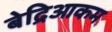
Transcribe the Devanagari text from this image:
बेद्रिआकम